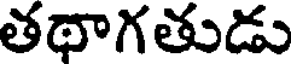
తథాగతుడు